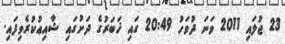
23 ޖުލައި 2011 ވަނަ ދުވަހު 20:49 ގައި ޚަބަރުގެ ދަށުގައި ޝާއިޢުކުރެވިފައި.